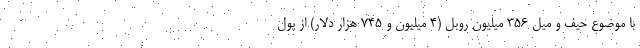
با موضوع حیف و میل ۳۵۶ میلیون روبل (۴ میلیون و ۷۴۵ هزار دلار) از پول